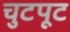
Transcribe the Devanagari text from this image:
चुटपूट